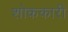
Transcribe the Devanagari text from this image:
शोककारी